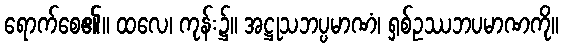
ရောက်စေ၏။ ထလေ၊ ကုန်း၌။ အဋ္ဌုသဘပ္ပမာဏံ၊ ရှစ်ဥဿဘပမာဏကို။